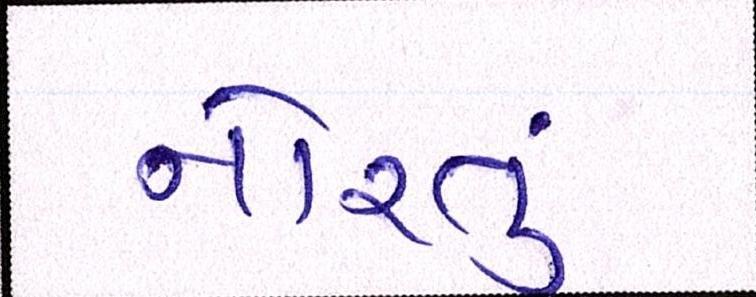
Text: નોરતુ